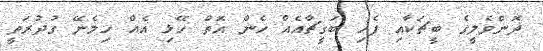
ދޮންވެލީގެ ބީޗަކާއި ފެހި ބަގީޗާއެއް ހެން އޮތް ހޭޅި އެއް ހިމެނޭ ގުދުރަތީ